Report of the Municipal Commissioner on the plague in Bombay for the year ending 31st May... - Volume 1
Disease focus: Plague
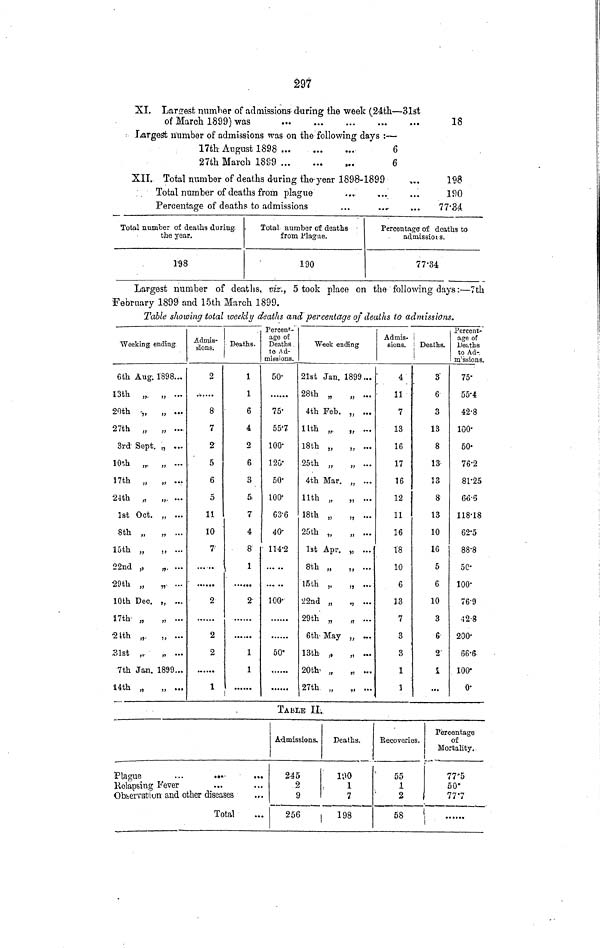
297
XI. Largest number of admissions during the week (24th—31st
of March 1899) was
18
Largest n'umber of admissions was on the following days :—
17th August 1898
6
27th March 1899
...
6
XII. Total number of deaths during the year 1898-1899
.,.
198
Total number of deaths from plague
...
...
...
190
Percentage of deaths to admissions
...
....
...
77.34
Total number of deaths during.
the year.
198
Total number of deaths
from .Plague.
190
Percentage of deaths to
admissions.
77.34
Largest number of deaths, viz., 5 took place on the following days :—7th
February 1899 and 15th March 1899.
Table showing total weekly deaths and percentage of deaths to admissions.
Weeking ending
6th Aug. 1898..,
1 3th „. „ ..,
20th -„ „ ...
27th „ „ ...-
3rd' Sept. „ ...
10th , r „ ...
17th ,, „ ...
24th „ „, ...
1st Oct. „ ...
8th „
„ ...
15th „
„ ...
22nd „
„, ...
29th „
„, ...
10th Dec. ,, ...
17th- „
„ ...
•2tth „.. „ ...
.•«.ilst „•
,, ...
7th Jan. 1899...
14th „
„ ...
Admis-
sions.
2
8
7
2
5
6
5
11
10
7
2
2
2
1
Deaths.
1
1
6
4
2
6
3
5
7
4
8
1
2
1
1
Percent'-
age of
Deaths
to Ad-
missions.
50
75'
55.7
100-
12G-
50-
1ÛO-
63-6
40-
114-2
100-
50'
Week ending
21st Jan. 1899...
28th „
„ ...
4th Feb. „ ...
llth „.
„ ...
18th „
„ ...
25th „
„ ...
4th Mar. „ ...
11th „ „ ...
18th „
„ ...
25th „
„ ...
1st Apr. „ ...
8th „
„ ...
15th „
„ ...
¿2nd „
., ...
29th „
„ ...
6th- May „ ...
13th „
„ ...
20th< „
„ ...
27th „
„ ...
Admis-
sions.
4
11
7
13
16
17
16
12
11
16
18
10
6
13
7
3
3
1
1
Deaths.
3
6
3
13
8
13
13
8
13
10
16
5
6
10
3
6
2
1
• **
Percent-
age of
Deaths
to Ad-,
nvssions.
75
55.4
42.8
100
50-
76.2
81.25
66.6
118.18
62.5
88.8
50
100
76.9
42.8
200-
66.6
100-
0-
TABLE II.
Plague
...
•••'
Kolapsing Fever
Observation- and other diseases
Total
Admissions,
245
2
9
256
Deaths.
100
1
7
198
Recoveries.
Percentage
of
Mortality.
' .„
55
1
2
58
77'5
50*
77'7